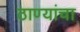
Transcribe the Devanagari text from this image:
ठाण्यांचा